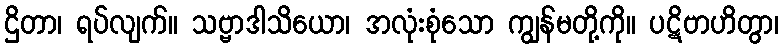
ဌိတာ၊ ရပ်လျက်။ သဗ္ဗာဒါသိယော၊ အလုံးစုံသော ကျွန်မတို့ကို။ ပဋိဗာဟိတွာ၊